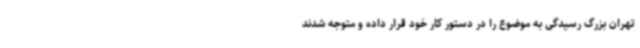
تهران بزرگ رسیدگی به موضوع را در دستور کار خود قرار داده و متوجه شدند